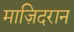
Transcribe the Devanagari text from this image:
माज़िदरान